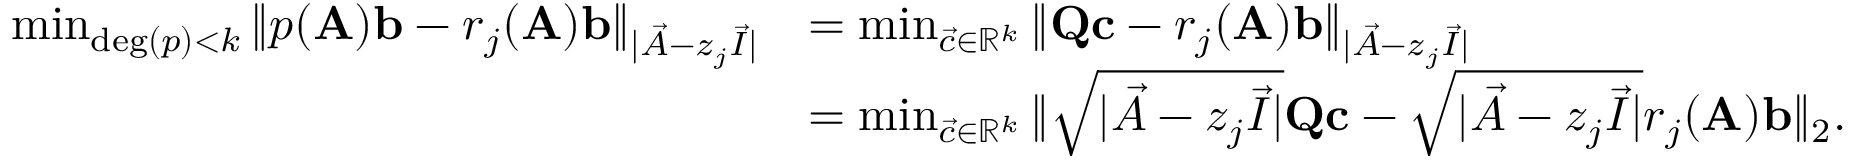
\begin{array} { r l } { \operatorname* { m i n } _ { \mathrm { d e g } ( p ) < k } \| p ( \mathbf { A } ) \mathbf { b } - r _ { j } ( \mathbf { A } ) \mathbf { b } \| _ { | \vec { A } - z _ { j } \vec { I } | } } & { = \operatorname* { m i n } _ { \vec { c } \in \mathbb { R } ^ { k } } \| \mathbf { Q } \mathbf { c } - r _ { j } ( \mathbf { A } ) \mathbf { b } \| _ { | \vec { A } - z _ { j } \vec { I } | } } \\ & { = \operatorname* { m i n } _ { \vec { c } \in \mathbb { R } ^ { k } } \| \sqrt { | \vec { A } - z _ { j } \vec { I } | } \mathbf { Q } \mathbf { c } - \sqrt { | \vec { A } - z _ { j } \vec { I } | } r _ { j } ( \mathbf { A } ) \mathbf { b } \| _ { 2 } . } \end{array}